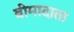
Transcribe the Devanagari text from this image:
बीमादाता